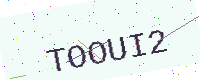
Text: TOOUI2